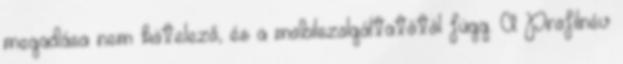
megadása nem kötelező, és a mobilszolgáltatótól függ. A Profilnév